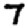
Digit: 7